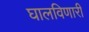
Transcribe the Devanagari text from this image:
घालविणारी